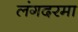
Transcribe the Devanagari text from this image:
लंगदरमा